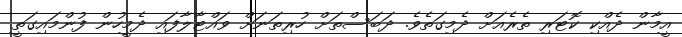
އީމާން ދެއްކި ކޮޓަރި ތެރެއަށް ދެމިގަތެވެ. ދަބަސްތަށް ހުރިތަނަށް ވައްޓާލާފައި ދެމީހުން ފުންމައިގަތީ